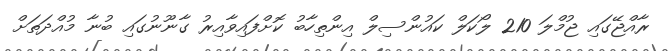
ރާއްޖޭގައި ޖުމްލަ 210 ލޯކަލް ކައުންސިލް އިންތިހާބު ކޮށްފައިވާއިރު ގާނޫނުގައި ބުނާ މުއްދަތަށް